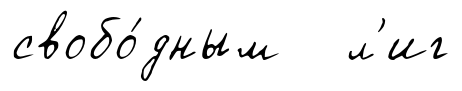
свобо́дным л'иг